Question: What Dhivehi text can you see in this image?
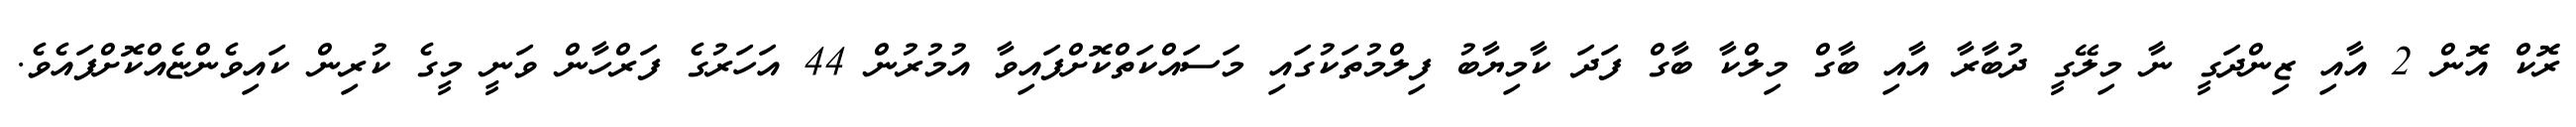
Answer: ރޮކް އޮން 2 އާއި ޒިންދަގީ ނާ މިލޭގީ ދުބާރާ އާއި ބާގް މިލްކާ ބާގް ފަދަ ކާމިޔާބު ފިލްމުތަކުގައި މަސައްކަތްކޮށްފައިވާ އުމުރުން 44 އަހަރުގެ ފަރްހާން ވަނީ މީގެ ކުރިން ކައިވެންޏެއްކޮށްފައެވެ.